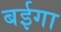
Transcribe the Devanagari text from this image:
बईगा